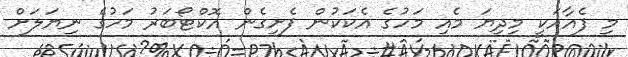
މި ފެއާއަކީ މިދިޔަ މެއި މަހުގެ އެކަކުން ފެށިގެން އޮކްޓޯބަރު މަހުގެ ނިޔަލަށް